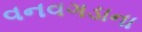
વનવગડાના